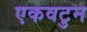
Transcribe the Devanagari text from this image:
एकवटुन